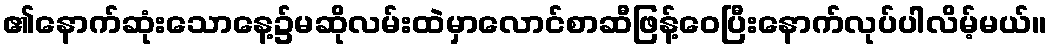
၏နောက်ဆုံးသောနေ့၌မဆိုလမ်းထဲမှာလောင်စာဆီဖြန့်ဝေပြီးနောက်လုပ်ပါလိမ့်မယ်။